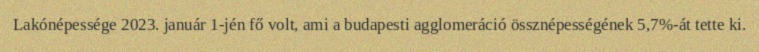
Lakónépessége 2023. január 1-jén fő volt, ami a budapesti agglomeráció össznépességének 5,7%-át tette ki.